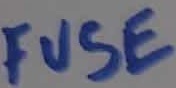
Text: FUSE